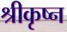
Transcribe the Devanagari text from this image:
श्रीकृष्न